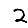
Digit: 2